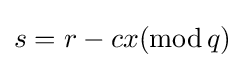
s=r-cx(\mathrm {mod} \,q)